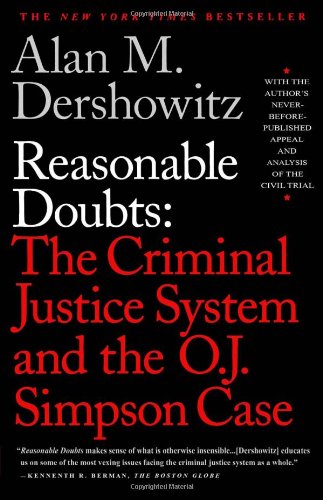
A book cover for Reasonable Doubts: The Criminal Justice System and the O.J. Simpson Case; Alan M. Dershowitz; Law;